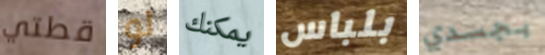
قطتي لو يمكنك بلباس بجسدي